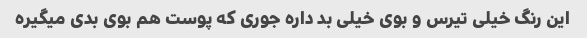
این رنگ خیلی تیرس و بوی خیلی بد داره جوری که پوست هم بوی بدی میگیره